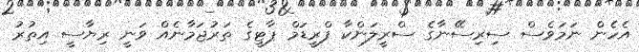
އެހެން ނަމަވެސް ސިރިސޭނާގެ ސްރީލަންކާ ފްރީޑަމް ޕާޓީގެ ތަރުޖަމާނެއް ވަނީ ރިޔާސީ އިތުރު